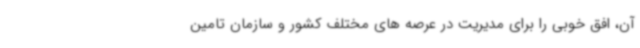
آن، افق خوبی را برای مدیریت در عرصه های مختلف کشور و سازمان تامین